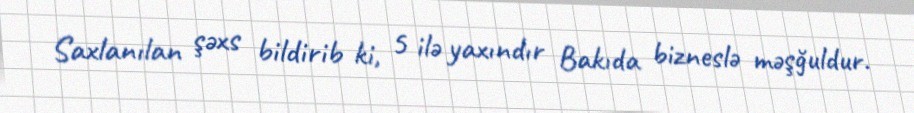
Saxlanılan şəxs bildirib ki, 5 ilə yaxındır Bakıda bizneslə məşğuldur.